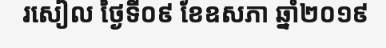
រសៀល ថ្ងៃទី០៩ ខែឧសភា ឆ្នាំ២០១៩